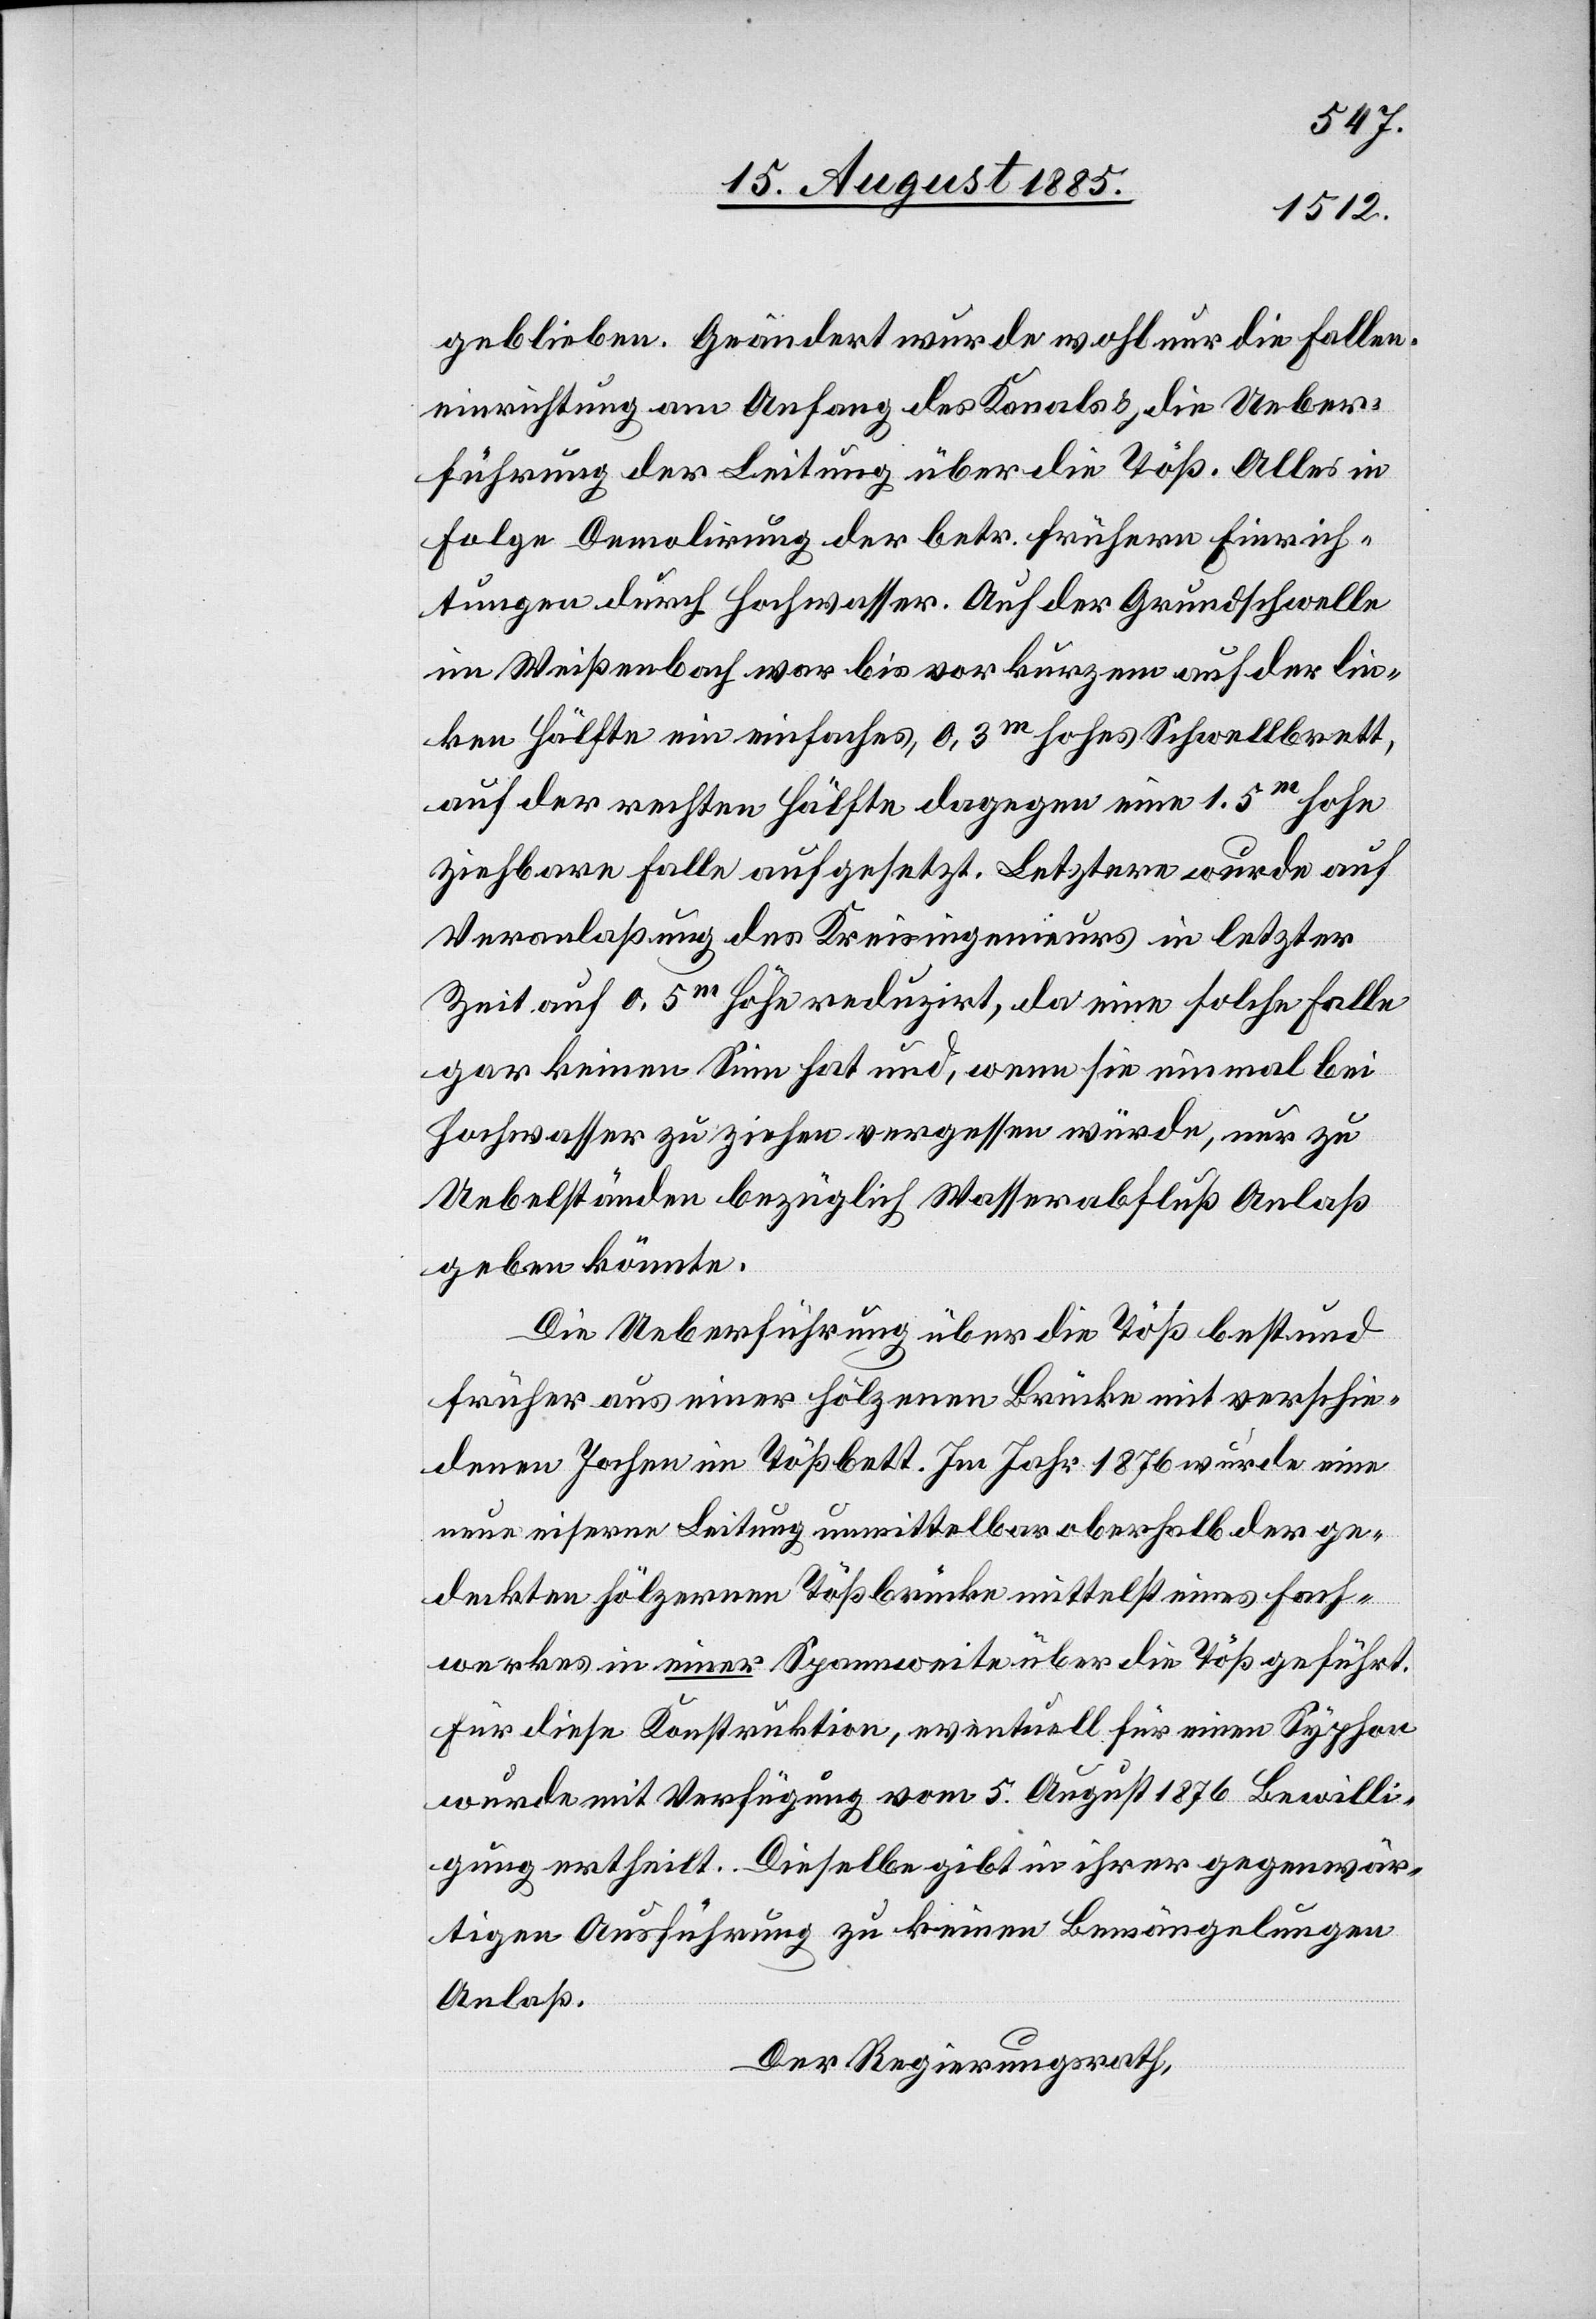
geblieben. Geändert wurde wohl nur die Fallen¬
einrichtung am Anfang des Kanals & die Ueber¬
führung der Leitung über die Töß. Alles in
Folge Demolirung der betr. frühern Einrich¬
tungen durch Hochwasser. Auf der Grundschwelle
im Weißenbach war bis vor kurzem auf der lin¬
ken Hälfte ein einfaches, 0,3m hohes Schwellbrett,
auf der rechten Hälfte dagegen eine 1.5m hohe
ziehbare Falle aufgesetzt. Letztere wurde auf
Veranlaßung des Kreisingenieurs in letzter
Zeit auf 0,5m Höhe reduzirt, da eine solche Falle
gar keinen Sinn hat und, wenn sie einmal bei
Hochwasser zu ziehen vergessen würde, nur zu
Uebelständen bezüglich Wasserabfluß Anlaß
geben könnte.
Die Ueberführung über die Töß bestund
früher aus einer hölzernen Brücke mit verschie¬
denen Jochen im Tößbett. Im Jahr 1876 wurde eine
neue eiserne Leitung unmittelbar oberhalb der ge¬
deckten hölzernen Tößbrücke mittelst eines Fach¬
werkes in einer Spannweite über die Töß geführt.
Für diese Konstruktion, eventuell für einen Syphon
wurde mit Verfügung vom 5. August 1876 Bewilli¬
gung ertheilt. Dieselbe gibt in ihrer gegenwär¬
tigen Ausführung zu keinen Bemängelungen
Anlaß.
Der Regierungsrath,